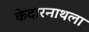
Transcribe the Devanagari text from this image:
केदारनाथला